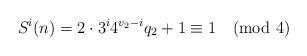
LaTeX: \begin{align*}S^i(n) = 2 \cdot 3^i 4^{ v_2-i} q_2 + 1 \equiv 1 \pmod{4} \end{align*}